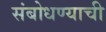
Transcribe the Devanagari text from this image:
संबोधण्याची